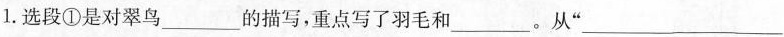
1.选段①是对翠鸟___的描写，重点写了羽毛和___。从“___